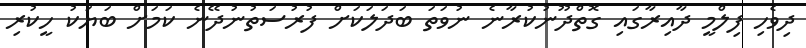
ދިވެހި ފިލްމީ ދާއިރާގައި ގޮތްދޫނުކުރާނެ ނުވަތަ ބަދަލަކަށް ފުރުސަތުނުދޭނެ ކަމަށް ބަޔަކު ހީކުރި